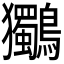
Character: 𮭞